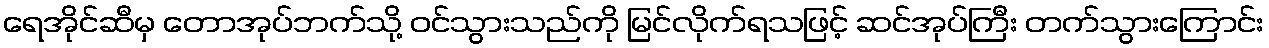
ရေအိုင်ဆီမှ တောအုပ်ဘက်သို့ ဝင်သွားသည်ကို မြင်လိုက်ရသဖြင့် ဆင်အုပ်ကြီး တက်သွားကြောင်း